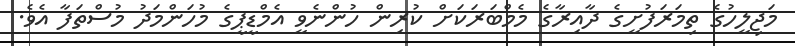
މަޖިލީހުގެ ތިމަރަފުށީގެ ދާއިރާގެ މެމްބަރަކަށް ކުރިން ހުންނެވީ އެމްޑީޕީގެ މުހަންމަދު މުސްތަފާ އެވެ.